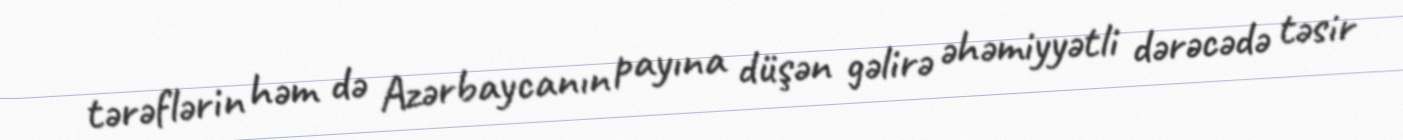
tərəflərin həm də Azərbaycanın payına düşən gəlirə əhəmiyyətli dərəcədə təsir